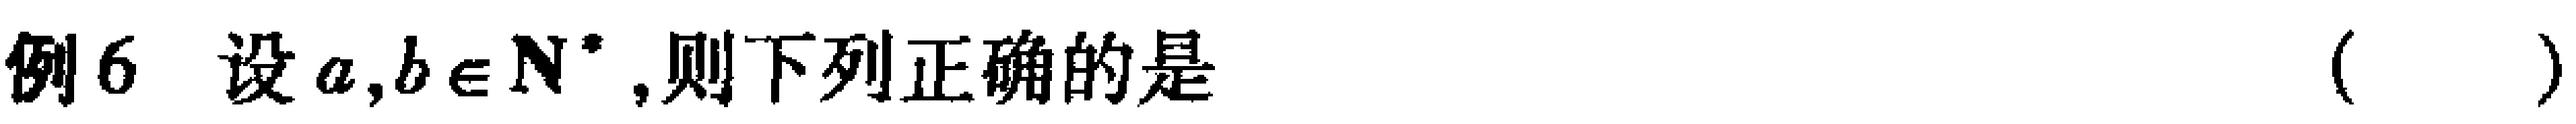
例6 设 \(a,b\in\mathbb{N}^{*}\),则下列正确的是 （  ）